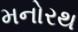
મનોરથ